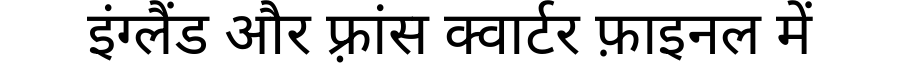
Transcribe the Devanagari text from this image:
इंग्लैंड और फ़्रांस क्वार्टर फ़ाइनल में